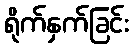
ရိုက်နှက်ခြင်း